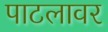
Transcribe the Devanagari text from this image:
पाटलावर